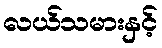
လယ်သမားနှင့်